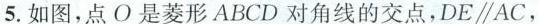
5.如图，点O是菱形ABCD对角线的交点，$$D E \parallel A C$$.